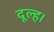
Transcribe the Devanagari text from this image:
दूल्ह।